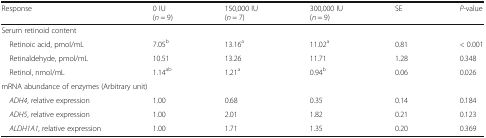
<table><thead><tr><td><b>Response</b></td><td><b>0 IU(<i>n</i> = 9)</b></td><td><b>150,000 IU(<i>n</i> = 7)</b></td><td><b>300,000 IU(<i>n</i> = 9)</b></td><td><b>SE</b></td><td><b><i>P</i>-value</b></td></tr></thead><tbody><tr><td colspan="6">Serum retinoid content</td></tr><tr><td> Retinoic acid, pmol/mL</td><td>7.05<sup>b</sup></td><td>13.16<sup>a</sup></td><td>11.02<sup>a</sup></td><td>0.81</td><td>&lt; 0.001</td></tr><tr><td> Retinaldehyde, pmol/mL</td><td>10.51</td><td>13.26</td><td>11.71</td><td>1.28</td><td>0.348</td></tr><tr><td> Retinol, nmol/mL</td><td>1.14<sup>ab</sup></td><td>1.21<sup>a</sup></td><td>0.94<sup>b</sup></td><td>0.06</td><td>0.026</td></tr><tr><td colspan="6">mRNA abundance of enzymes (Arbitrary unit)</td></tr><tr><td> <i>ADH4</i>, relative expression</td><td>1.00</td><td>0.68</td><td>0.35</td><td>0.14</td><td>0.184</td></tr><tr><td> <i>ADH5</i>, relative expression</td><td>1.00</td><td>2.01</td><td>1.82</td><td>0.21</td><td>0.123</td></tr><tr><td> <i>ALDH1A1</i>, relative expression</td><td>1.00</td><td>1.71</td><td>1.35</td><td>0.20</td><td>0.369</td></tr></tbody></table>